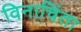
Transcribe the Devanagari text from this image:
विनाचिंता